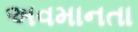
અવમાનતા